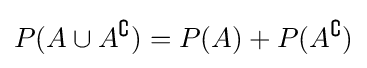
P(A\cup A^{\complement })=P(A)+P(A^{\complement })